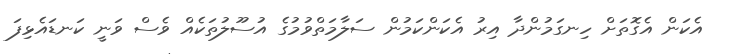
އެކަން އެގޮތަށް ހިނގަމުންދާ އިރު އެކަންކަމުން ސަލާމަތްވުމުގެ އުސޫލުތަކެއް ވެސް ވަނީ ކަނޑައެޅިފަ